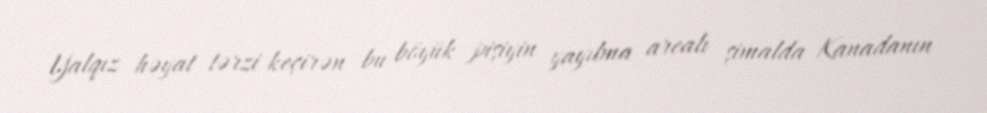
Yalqız həyat tərzi keçirən bu böyük pişiyin yayılma arealı şimalda Kanadanın